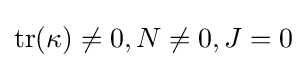
\operatorname {tr} (\kappa )\neq 0,N\neq 0,J=0